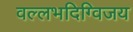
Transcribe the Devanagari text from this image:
वल्लभदिग्विजय